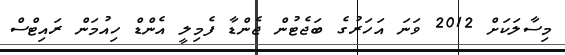
މިސާލަކަށް 2012 ވަނަ އަހަރުގެ ބަޖެޓުން ޖެންޑާ ފެމިލީ އެންޑް ހިއުމަން ރައިޓްސް